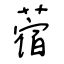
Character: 蓿